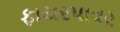
ફાયરપાવર